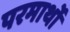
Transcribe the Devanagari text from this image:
परमार्थो